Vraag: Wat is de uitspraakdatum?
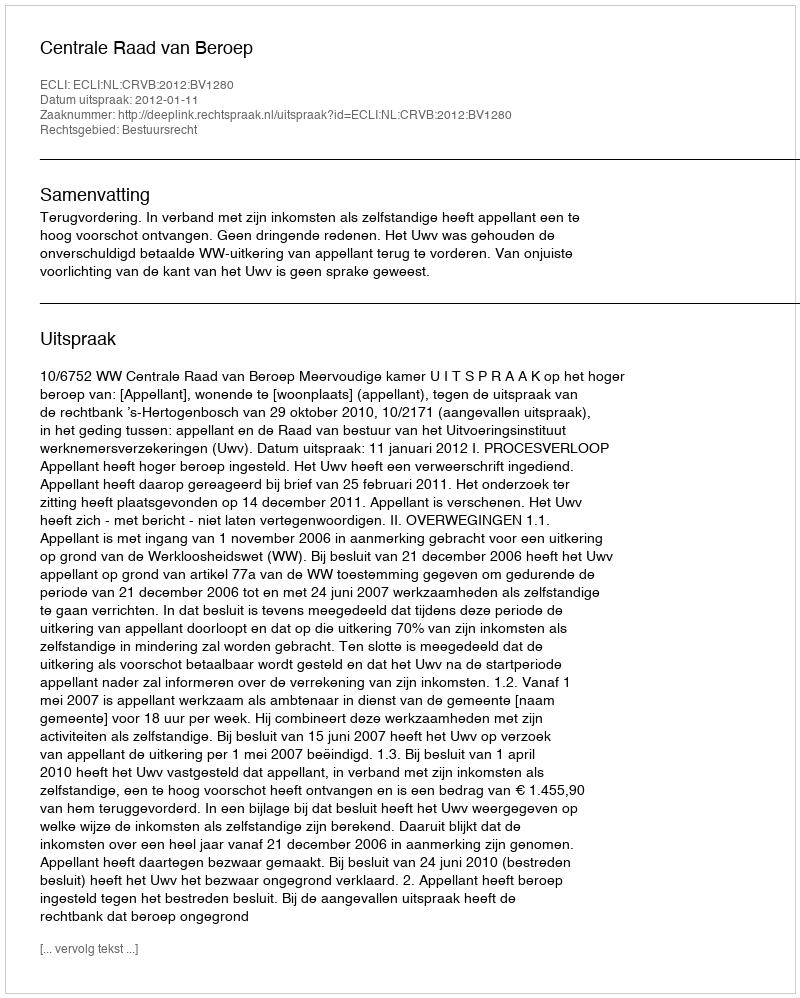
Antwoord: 2012-01-11